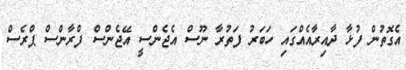
އެގޮތުން ފުޅާ ދާއިރާއެއްގައި ހަބަރު ފަތުރާ ނޫސް އެޖެންސީ އޭޖެންސް ފްރާންސް ޕްރެސް